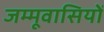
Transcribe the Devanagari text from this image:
जम्मूवासियों